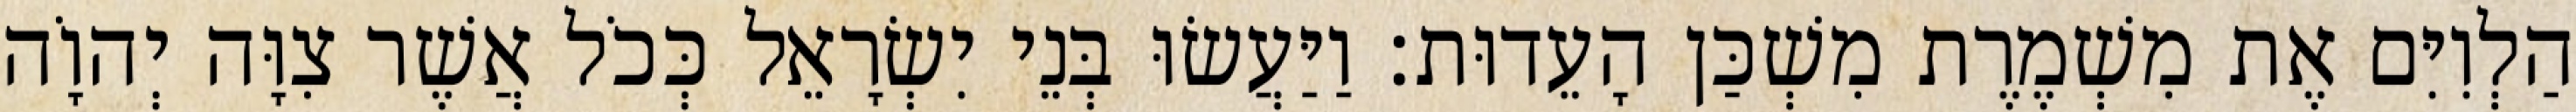
הַלְוִיִּם אֶת מִשְׁמֶרֶת מִשְׁכַּן הָעֵדוּת׃ וַיַּעֲשׂוּ בְּנֵי יִשְׂרָאֵל כְּכֹל אֲשֶׁר צִוָּה יְהוָֹה